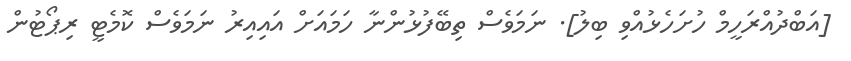
[އަބްދުއްރަހީމް ހުށަހެޅުއްވި ބިލު]. ނަމަވެސް ތިބޭފުޅުންނާ ހަމައަށް އައިއިރު ނަމަވެސް ކޮމެޓީ ރިޕޯޓުން